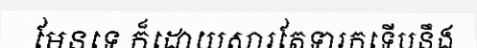
មែនទេ ក៏ដោយសារតែទារកទើបនឹង